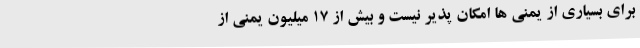
برای بسیاری از یمنی ها امکان پذیر نیست و بیش از 17 میلیون یمنی از